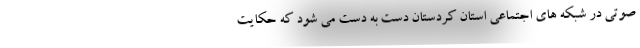
صوتی در شبکه های اجتماعی استان کردستان دست به دست می شود که حکایت